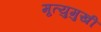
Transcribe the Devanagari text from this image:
मृ्त्युमुखी